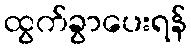
ထွက်ခွာပေးရန်